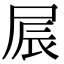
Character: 屒